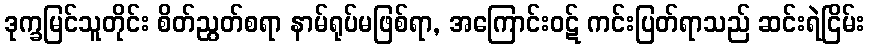
ဒုက္ခမြင်သူတိုင်း စိတ်ညွတ်စရာ နာမ်ရုပ်မဖြစ်ရာ, အကြောင်းဝဋ် ကင်းပြတ်ရာသည် ဆင်းရဲငြိမ်း